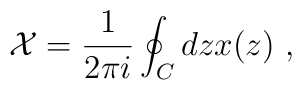
\mathcal{X}=\frac{1}{2\pi i} \oint_C dz x(z) \ ,